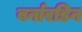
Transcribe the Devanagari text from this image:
बर्नारडिन